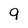
Character: 9